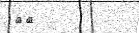
٧٧